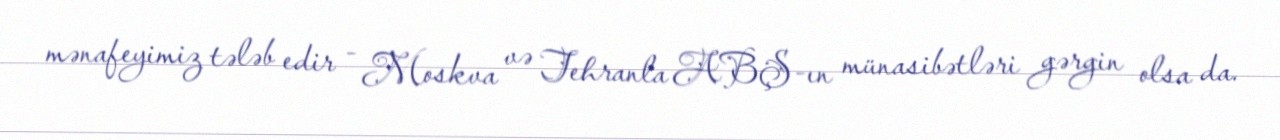
mənafeyimiz tələb edir - Moskva və Tehranla ABŞ-ın münasibətləri gərgin olsa da.